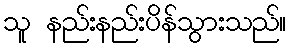
သူ နည်းနည်းပိန်သွားသည်။